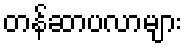
တန်ဆာပလာများ